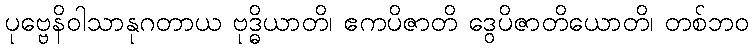
ပုဗ္ဗေနိဝါသာနုဂတာယ ဗုဒ္ဓိယာတိ၊ ဧကပိဇာတိ ဒွေပိဇာတိယောတိ၊ တစ်ဘဝ